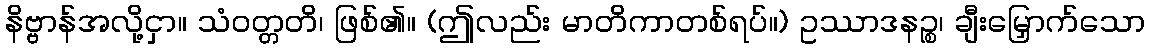
နိဗ္ဗာန်အလို့ငှာ။ သံဝတ္တတိ၊ ဖြစ်၏။ (ဤလည်း မာတိကာတစ်ရပ်။) ဥဿာဒနဉ္စ၊ ချီးမြှောက်သော